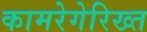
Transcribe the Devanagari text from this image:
कामरेगेरिख्त